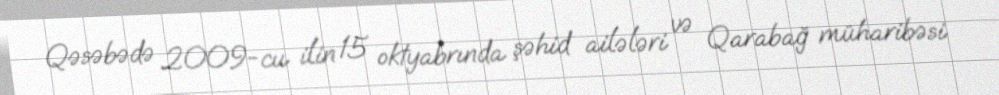
Qəsəbədə 2009-cu ilin 15 oktyabrında şəhid ailələri və Qarabağ müharibəsi